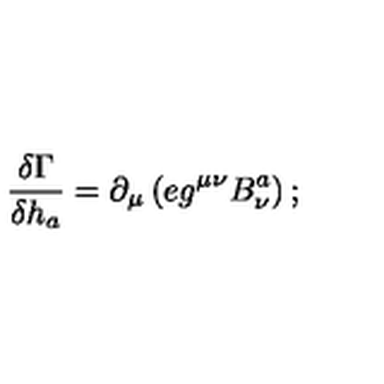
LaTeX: { \displaystyle { \frac { \delta \Gamma } { \delta h _ { a } } } } = \partial _ { \mu } \left( e g ^ { \mu \nu } B _ { \nu } ^ { a } \right) ;